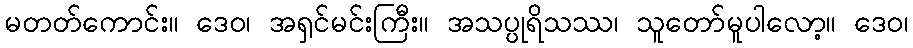
မတတ်ကောင်း။ ဒေဝ၊ အရှင်မင်းကြီး။ အသပ္ပုရိသဿ၊ သူတော်မူပါလော့။ ဒေဝ၊